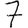
Digit: 7